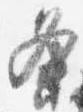
条